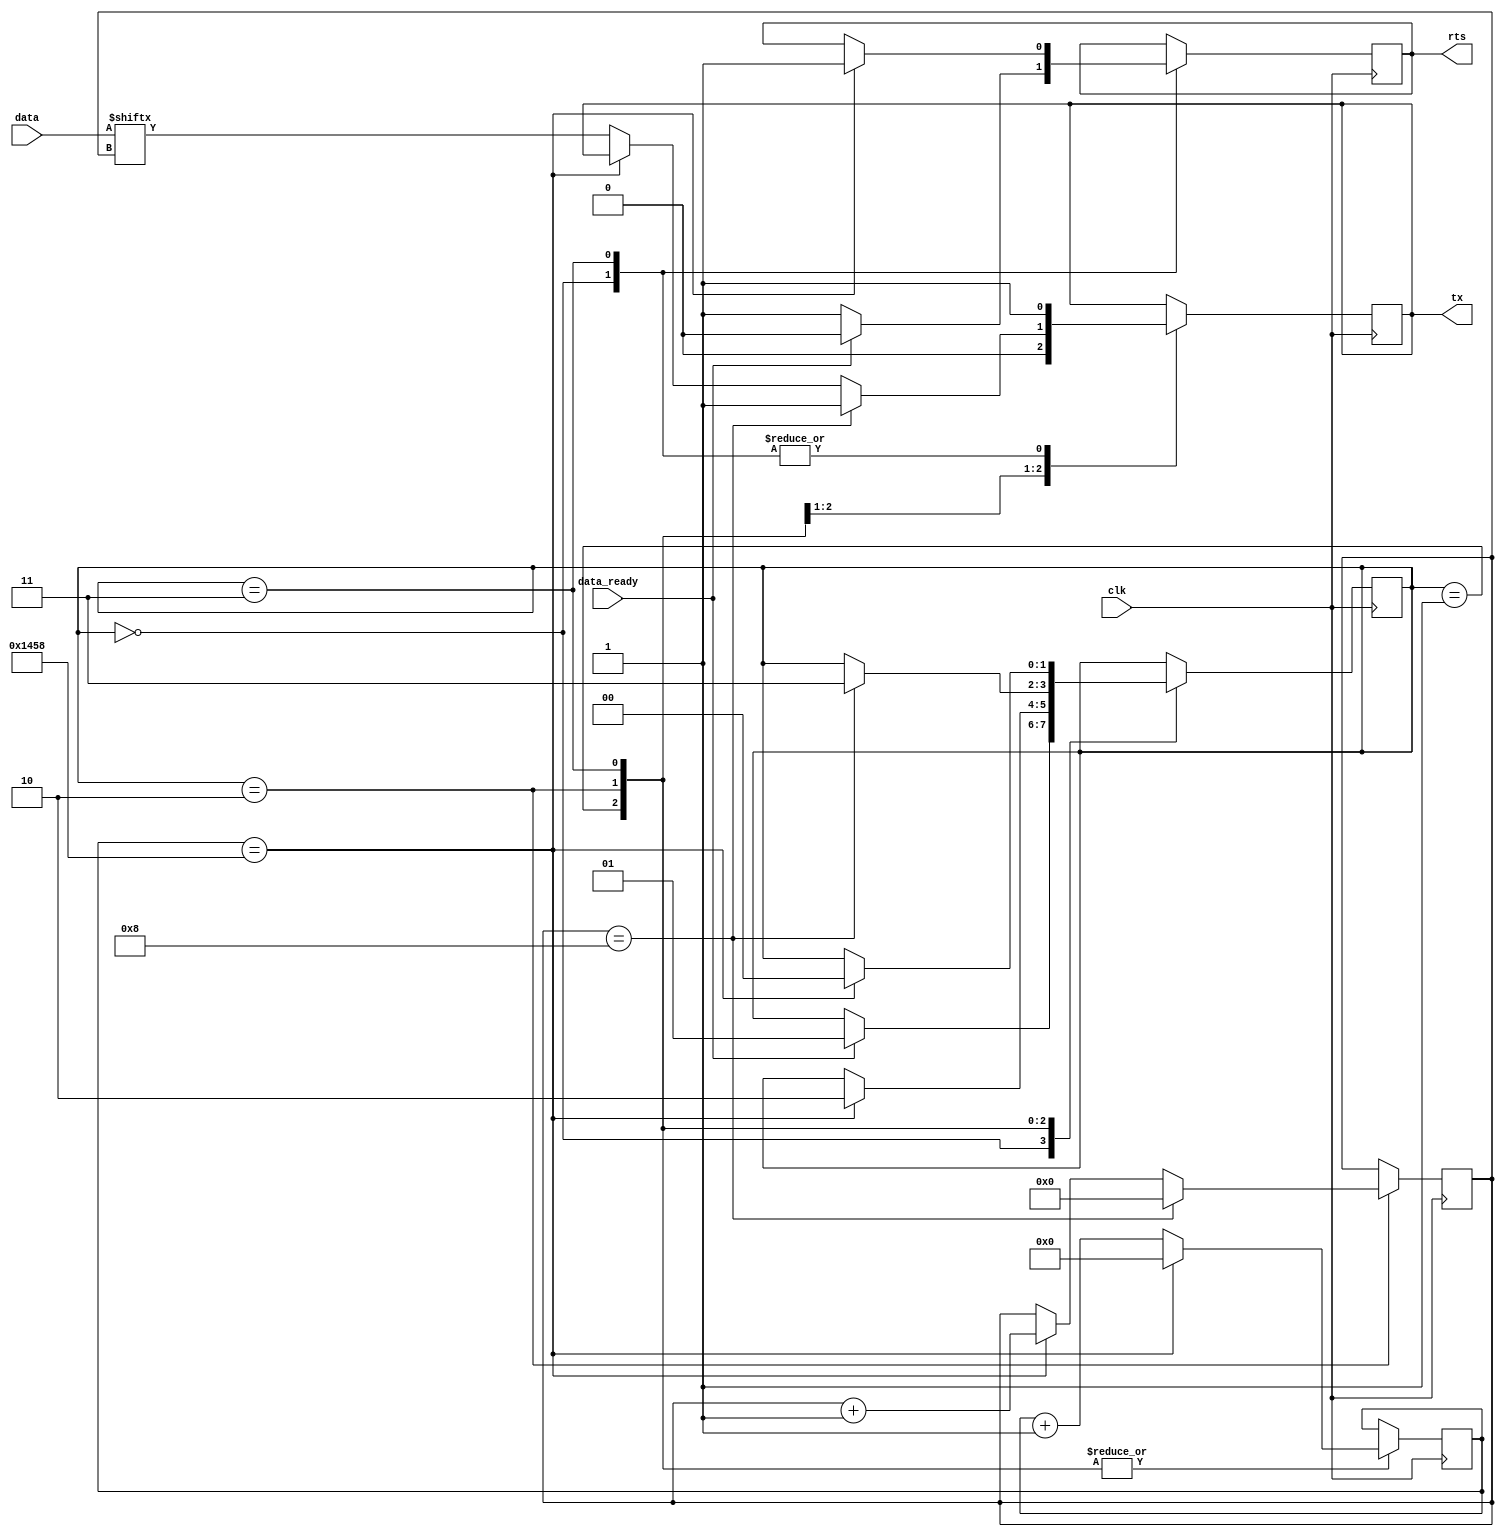
module RS232_transmitter #(
//   parameter CLK_DIVIDER = 5208 // 9600 baud 50MHz
//	  parameter CLK_DIVIDER = 1042 // 9600 baud 10MHZ
	  parameter CLK_DIVIDER = 3125 // 9600 baud 30MHZ
)(
    input clk,
    input [7:0] data,
    input data_ready,
    output reg tx,
	 output reg rts
);

    localparam Wait_st = 2'b00;
    localparam Start_st = 2'b01;
    localparam Data_st = 2'b10;
    localparam Stop_st = 2'b11;

    reg [1:0] cur_state;
    reg [3:0] bit_count;
    reg [15:0] tick_count;

    initial begin
        cur_state = Wait_st;
        bit_count = 4'b0000;
        tick_count = 16'h0000;
		  rts = 0;
		  tx = 0;
    end

    always @(posedge clk) begin

        case(cur_state)
            Wait_st: begin
                tx <= 1'b1;
                if(data_ready == 1'b1) begin
                    cur_state <= Start_st;
						  rts <= 1'b0;
                end
					 else rts <= 1'b1;
            end
            Start_st: begin
                tx <= 1'b0;
                tick_count <= tick_count + 1'b1;
                if(tick_count == 5208) begin
                    tick_count <= 0;
                    cur_state <= Data_st;
                end
            end
            Data_st: begin
                tick_count <= tick_count + 1'b1;
                if(tick_count == 5208) begin
                    tick_count <= 0;
                    bit_count <= bit_count + 1'b1;
                end
                else begin 
                    tx <= data[bit_count];
                end
                if(bit_count == 4'b1000) begin
                    cur_state <= Stop_st;
                    tx <= 1'b1;
                    bit_count <= 4'b0000;
                end
            end
            Stop_st: begin
                tx <= 1'b1;
                tick_count <= tick_count + 1'b1;
                if(tick_count == 5208) begin
                    tick_count <= 0;
                    cur_state <= Wait_st;
						  rts <= 1'b1;
                end
            end
            default: cur_state <= Wait_st;
        endcase
    end

endmodule